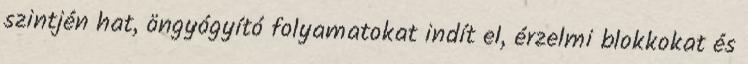
szintjén hat, öngyógyító folyamatokat indít el, érzelmi blokkokat és